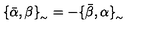
\{ \bar { \alpha } , \beta \} _ { _ { \sim } } = - \{ \bar { \beta } , \alpha \} _ { _ { \sim } }